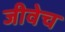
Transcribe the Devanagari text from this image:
जीवेच